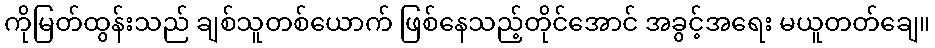
ကိုမြတ်ထွန်းသည် ချစ်သူတစ်ယောက် ဖြစ်နေသည့်တိုင်အောင် အခွင့်အရေး မယူတတ်ချေ။